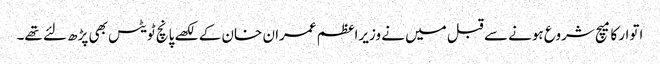
اتوار کا میچ شروع ہونے سے قبل میں نے وزیراعظم عمران خان کے لکھے پانچ ٹویٹس بھی پڑھ لئے تھے۔